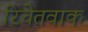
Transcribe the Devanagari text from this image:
रिचेतवाक